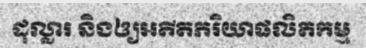
ដុល្លារ និងឲ្យអតីតភរិយាផលិតកម្ម